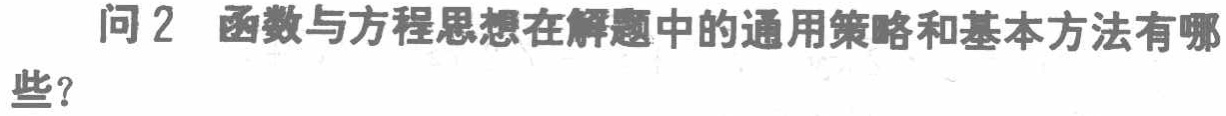
问2 函数与方程思想在解题中的通用策略和基本方法有哪些？